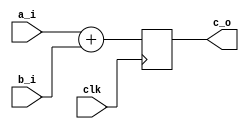
module adder8 (
    input clk,
    input [7:0] a_i,
    input [7:0] b_i,
    output reg [8:0] c_o
);
  always @(posedge clk) begin
    c_o <= a_i + b_i;
  end
endmodule